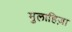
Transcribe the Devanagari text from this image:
मुलाहिज़ा